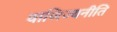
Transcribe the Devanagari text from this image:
वाणिज्यनीति